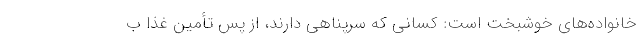
خانواده‌های خوشبخت است: کسانی که سرپناهی دارند، از پس تأمین غذا ب